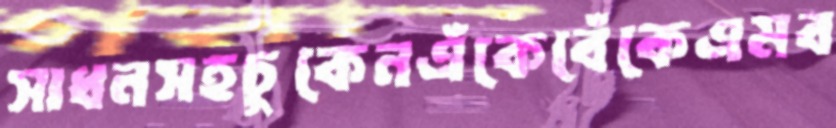
সাধনসহচুকেনএঁকেবেঁকেএমব